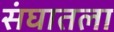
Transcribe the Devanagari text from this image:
संघातला